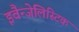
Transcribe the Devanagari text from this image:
इवैन्जेलिस्टिक